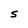
Character: S